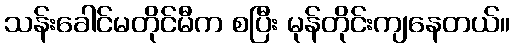
သန်းခေါင်မတိုင်မီက စပြီး မုန်တိုင်းကျနေတယ်။